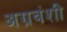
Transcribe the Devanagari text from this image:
अग्रवंशी